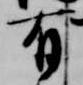
有